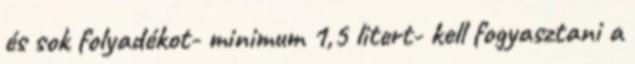
és sok folyadékot- minimum 1,5 litert- kell fogyasztani a